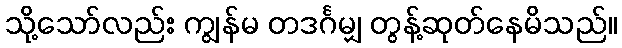
သို့သော်လည်း ကျွန်မ တဒင်္ဂမျှ တွန့်ဆုတ်နေမိသည်။